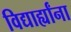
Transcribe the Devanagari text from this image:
विद्यार्ह्यांना